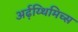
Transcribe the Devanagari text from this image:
अर्ढ़य्थिमिच्स